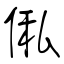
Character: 俬